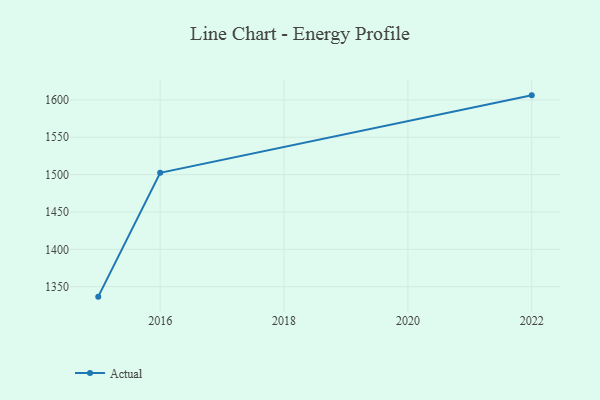
{"axis": {"x": "Year", "y": "Waste Production (Tons)"}, "legend": ["Actual"], "data": [{"x": "2022", "y": 1606.1, "type": "Actual"}, {"x": "2016", "y": 1502.5, "type": "Actual"}, {"x": "2015", "y": 1336.7, "type": "Actual"}]}